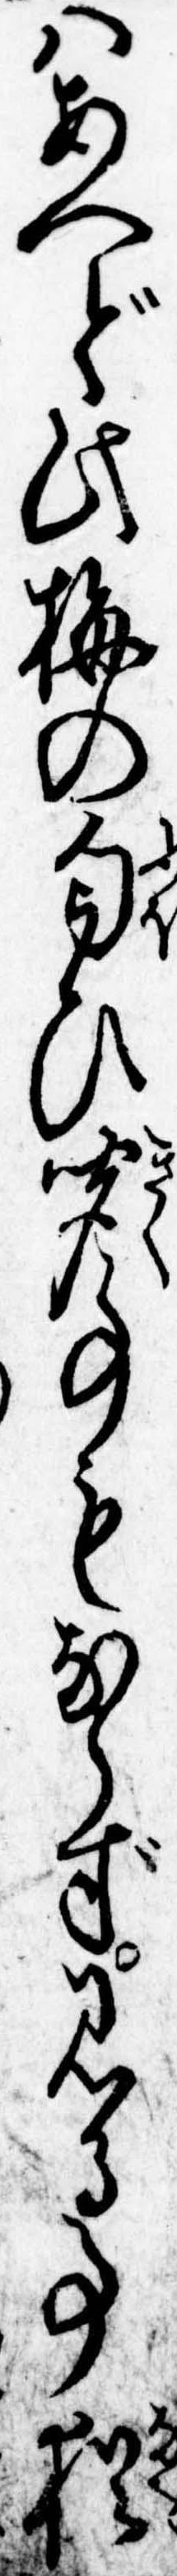
はあへど此梅の匂ひ聞事もならず見る事猶